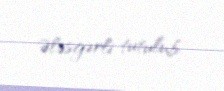
Ələsgərli tutulub.